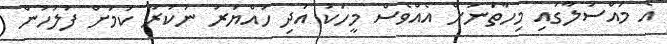
އެ މައްސަލާގައި މިހާތަނަށް އެއްވެސް މީހަކު އަދި ހައްޔަރު ނުކުރާ ކަމަށް ފުލުހުން